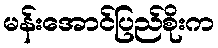
မန်းအောင်ပြည်စိုးက